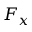
F _ { x }